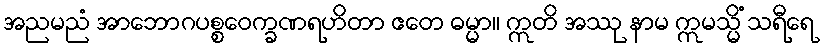
အညမညံ အာဘောဂပစ္စဝေက္ခဏရဟိတာ ဧတေ ဓမ္မာ။ ဣတိ အဿု နာမ ဣမသ္မိံ သရီရေ